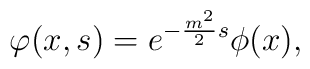
\varphi (x,s) = e^{-\frac{m^2}{2} s} \phi (x),